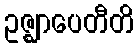
ဥဇ္ဈာပေတီတိ